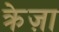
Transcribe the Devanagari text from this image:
क्रेज़ा